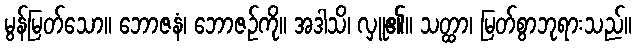
မွန်မြတ်သော။ ဘောဇနံ၊ ဘောဇဉ်ကို။ အဒါသိ၊ လှူ၏။ သတ္ထာ၊ မြတ်စွာဘုရားသည်။